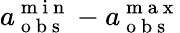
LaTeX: a_{\mathrm{~o~b~s~}}^{\mathrm{~m~i~n~}}-a_{\mathrm{~o~b~s~}}^{\mathrm{~m~a~x~}}